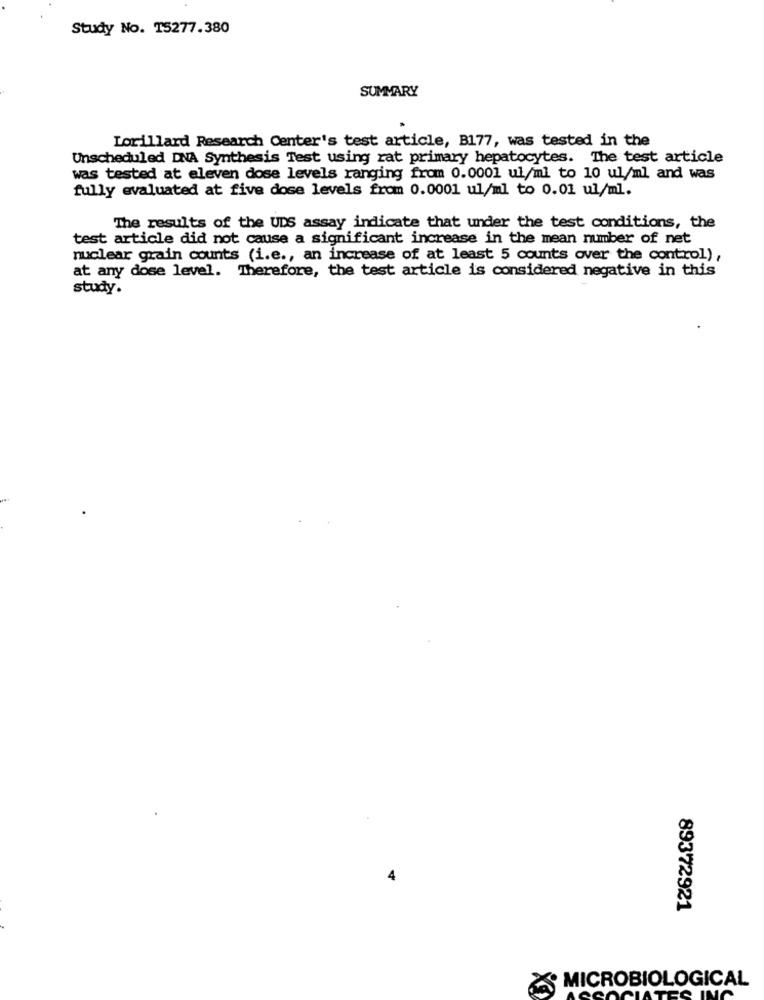
Study No. 15277.380
SUMMARY
Lorillard Research Center's test article, B177, was tested in the
Unscheduled DNA Synthesis Test using rat primary hepatocytes. The test article
was tested at eleven dose levels ranging from 0.0001 ul/ml to 10 ul/ml and was
fully evaluated at five dose levels from 0.0001 ul/ml to 0.01 ul/ml.
The results of the UDS assay indicate that under the test conditions, the
test article did not cause a significant increase in the mean number of net
nuclear grain counts (i.e ., an increase of at least 5 counts over the control),
at any dose level. Therefore, the test article is considered negative in this
study.
89372921
MICROBIOLOGICAL